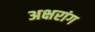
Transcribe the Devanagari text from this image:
अक्षरांग